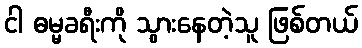
ငါ ဓမ္မခရီးကို သွားနေတဲ့သူ ဖြစ်တယ်